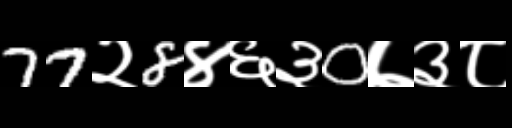
Text: 77२8४६३0७३८